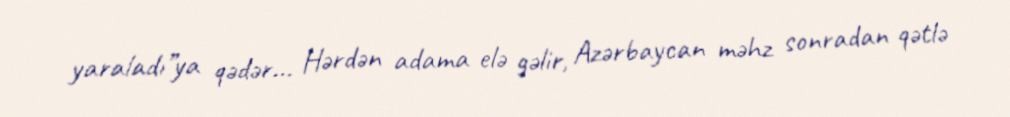
yaraladı”ya qədər... Hərdən adama elə gəlir, Azərbaycan məhz sonradan qətlə